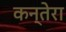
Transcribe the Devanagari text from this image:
कन्तेरा